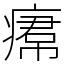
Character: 𤸷